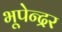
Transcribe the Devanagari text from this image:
भूपेन्‍द्रर